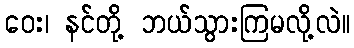
ဝေး၊ နင်တို့ ဘယ်သွားကြမလို့လဲ။